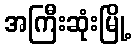
အကြီးဆုံးမြို့